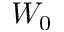
W _ { 0 }